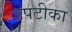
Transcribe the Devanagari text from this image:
उपटीका